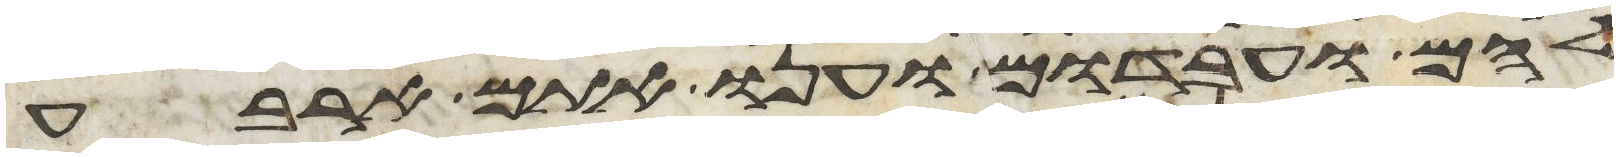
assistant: להם ועבדום וענו אתם ארבע